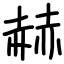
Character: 赫